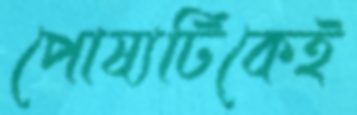
পোষ্যটিকেই